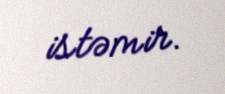
istəmir.